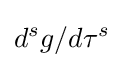
d^{s}g/d\tau ^{s}